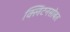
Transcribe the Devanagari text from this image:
क्लिंटनसोबत